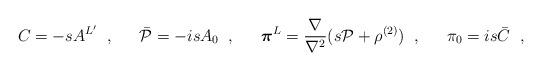
LaTeX: \begin{align*}C=-sA^{L'}\;\; , \;\;\hspace{1em} \bar{{\cal P}}=-isA_{0} \;\; , \;\; \hspace{1em}\mbox{\boldmath $\pi$}^L=\frac{\nabla}{\nabla^2}(s{\cal P}+\rho^{(2)})\;\; , \;\; \hspace{1em}\pi_0=is\bar{C}\;\; ,\end{align*}